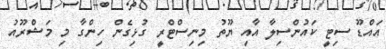
އައްޑޫ ސިޓީ ކައުންސިލާ އާއި ޔޫތު މިނިސްޓްރީ ގުޅިގެން ހިންގާ މި މަޝްރޫއު